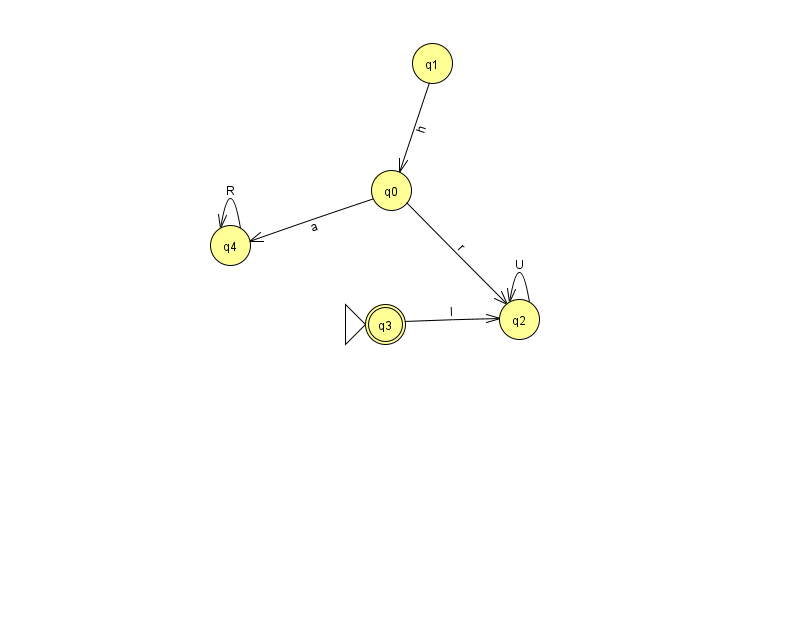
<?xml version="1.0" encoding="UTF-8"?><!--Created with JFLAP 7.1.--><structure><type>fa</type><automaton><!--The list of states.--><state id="0" name="q0"><x>391.0</x><y>177.0</y></state><state id="1" name="q1"><x>432.0</x><y>50.0</y></state><state id="2" name="q2"><x>519.0</x><y>306.0</y></state><state id="3" name="q3"><x>385.0</x><y>311.0</y><initial/><final/></state><state id="4" name="q4"><x>230.0</x><y>232.0</y></state><!--The list of transitions.--><transition><from>4</from><to>4</to><read>R</read></transition><transition><from>0</from><to>2</to><read>r</read></transition><transition><from>2</from><to>2</to><read>U</read></transition><transition><from>0</from><to>4</to><read>a</read></transition><transition><from>3</from><to>2</to><read>I</read></transition><transition><from>1</from><to>0</to><read>h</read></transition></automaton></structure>